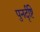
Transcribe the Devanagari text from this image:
पुनर्दृष्टि